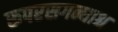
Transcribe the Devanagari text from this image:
रूपरसगन्धाश्च